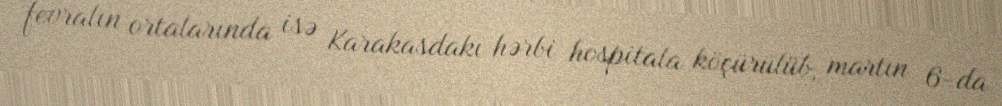
fevralın ortalarında isə Karakasdakı hərbi hospitala köçürülüb, martın 6-da